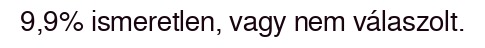
9,9% ismeretlen, vagy nem válaszolt.